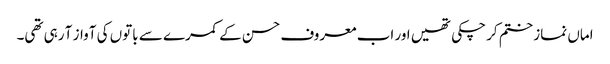
اماں نماز ختم کر چکی تھیں اور اب معروف حسن کے کمرے سے باتوں کی آواز آ رہی تھی۔